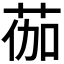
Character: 𫈆